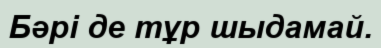
Бәрі де тұр шыдамай.